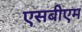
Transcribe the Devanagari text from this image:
एसबीएम